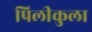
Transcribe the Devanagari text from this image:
पिलीकुला